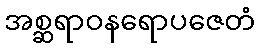
အစ္ဆရာဝနရောပဇေတံ